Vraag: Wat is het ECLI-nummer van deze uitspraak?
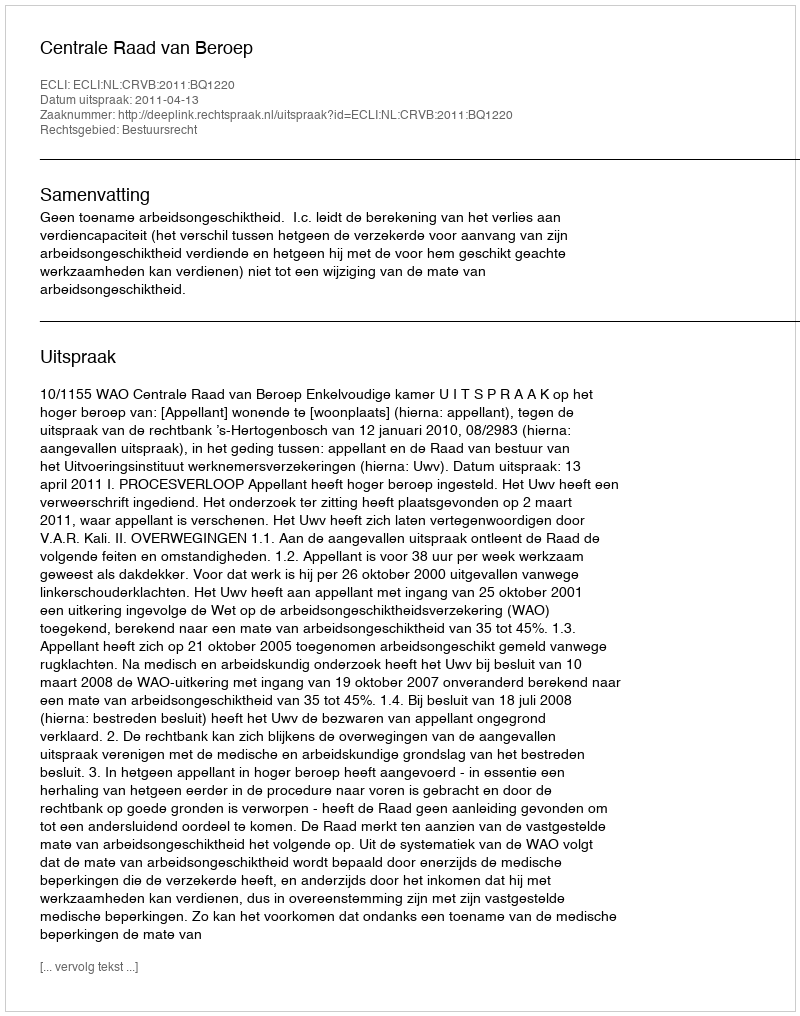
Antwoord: ECLI:NL:CRVB:2011:BQ1220